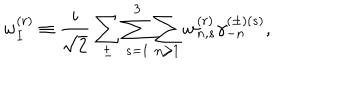
w _ { I } ^ { ( r ) } \equiv \frac { i } { \sqrt { 2 } } \sum _ { \pm } \sum _ { s = 1 } ^ { 3 } \sum _ { n \ge 1 } w _ { n , s } ^ { ( r ) } \gamma _ { - n } ^ { ( \pm ) ( s ) } ,